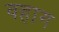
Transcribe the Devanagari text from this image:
वहाग